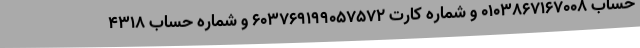
حساب 0103867167008 و شماره کارت 603769199057572 و شماره حساب 4318